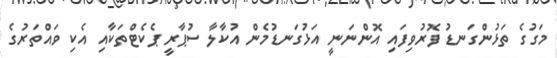
މަގުގެ ތަޅުންގަނޑު ފޮރުވިފައި އޮންނަނީ އަޅުގަނޑުމެން އުކާލާ ސުޕާރީ ޕެކެޓްތަކާއި އެކި ވައްތަރުގެ